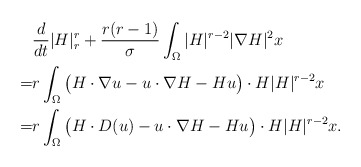
\begin{align*}& \frac{d}{dt}|H|^r_r+\frac{r(r-1)}{\sigma}\int_{\Omega}|H|^{r-2}|\nabla H|^2x\\=& r \int_{\Omega} \big(H\cdot \nabla u-u\cdot \nabla H-H u\big) \cdot H|H|^{r-2} x\\=&r \int_{\Omega} \big(H\cdot D( u)-u\cdot \nabla H-H u\big) \cdot H|H|^{r-2} x.\end{align*}